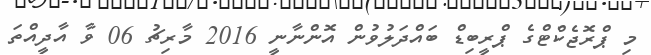
މި ޕްރޮޖެކްޓްގެ ޕްރީބިޑް ބައްދަލުވުން އޮންނާނީ 2016 މާރިޗު 06 ވާ އާދީއްތަ